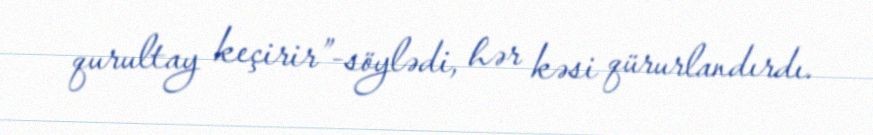
qurultay keçirir”-söylədi, hər kəsi qürurlandırdı.